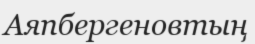
Аяпбергеновтың